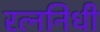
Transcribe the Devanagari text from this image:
रत्‍ननिधी